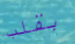
بقلب